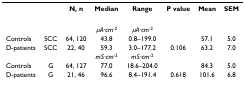
|  |  | N, n | Median | Range | P value | Mean | SEM |
 | --- | --- | --- | --- | --- | --- | --- | --- |
 |  |  |  | μA·cm-2 | μA·cm-2 |  |  |  |
 | Controls | SCC | 64, 120 | 43.8 | 0.8–199.0 |  | 57.1 | 5.0 |
 | D-patients | SCC | 22, 40 | 59.3 | 3.0–177.2 | 0.106 | 63.2 | 7.0 |
 |  |  |  | mS·cm-2 | mS·cm-2 |  |  |  |
 | Controls | G | 64, 127 | 77.0 | 18.6–204.0 |  | 84.3 | 5.0 |
 | D-patients | G | 21, 46 | 96.6 | 8.4–191.4 | 0.618 | 101.6 | 6.8 |